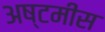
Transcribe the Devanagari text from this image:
अष्टमीस